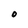
Character: O